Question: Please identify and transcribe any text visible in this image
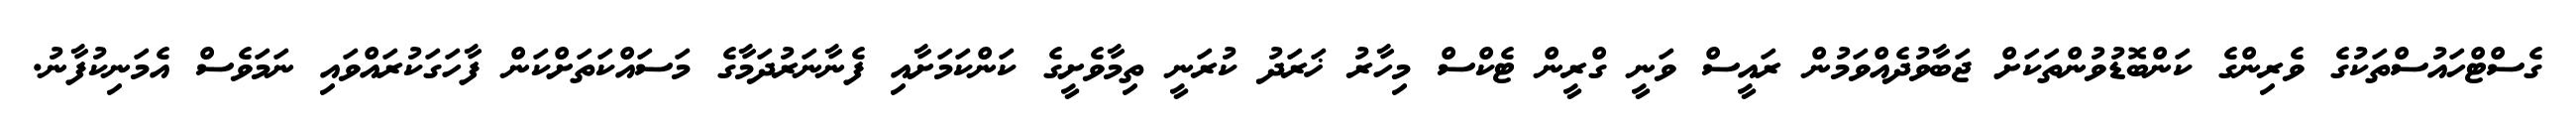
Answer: ގެސްޓްހައުސްތަކުގެ ވެރިންގެ ކަންބޮޑުވުންތަކަށް ޖަބާވުދެއްވަމުން ރައީސް ވަނީ ގްރީން ޓެކްސް މިހާރު ޚަރަދު ކުރަނީ ތިމާވެށީގެ ކަންކަމަށާއި ފެނާނަރުދަމާގެ މަސައްކަތަށްކަން ފާހަގަކުރައްވައި ނަމަވެސް އެމަނިކުފާނު.